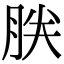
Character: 𰮤